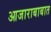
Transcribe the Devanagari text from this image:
आजाराबाबात